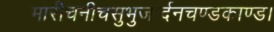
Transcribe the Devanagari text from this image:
मारीचनीचसुभुजार्दनचण्डकाण्ड।